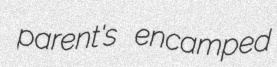
parent's encamped